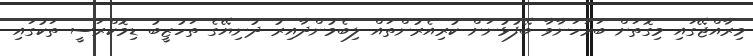
މިރާއްޖޭގައި މިގޮތަށް ބަރަހަނާވާ ބޭފުޅުނަށް ކުރިއެރުންތައް ލިބެމުންދާއިރު ދުނިޔޭގެ ތަހުޒީބު ޑިމޮކްރަސީ ތަކުގައި